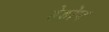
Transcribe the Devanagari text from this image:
हेडोन